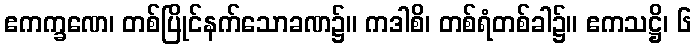
ဧကက္ခဏေ၊ တစ်ပြိုင်နက်သောခဏ၌။ ကဒါစိ၊ တစ်ရံတစ်ခါ၌။ ဧကသဋ္ဌိ၊ ၆